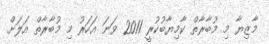
މާޒިޔާ މި މުބާރާތް ކާމިޔާބުކުރީ 2011 ވަނަ އަހަރު މި މުބާރާތް އަލަށް